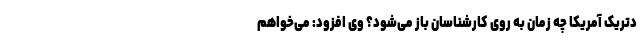
دتریک آمریکا چه زمان به روی کارشناسان باز می‌شود؟ وی افزود: می‌خواهم